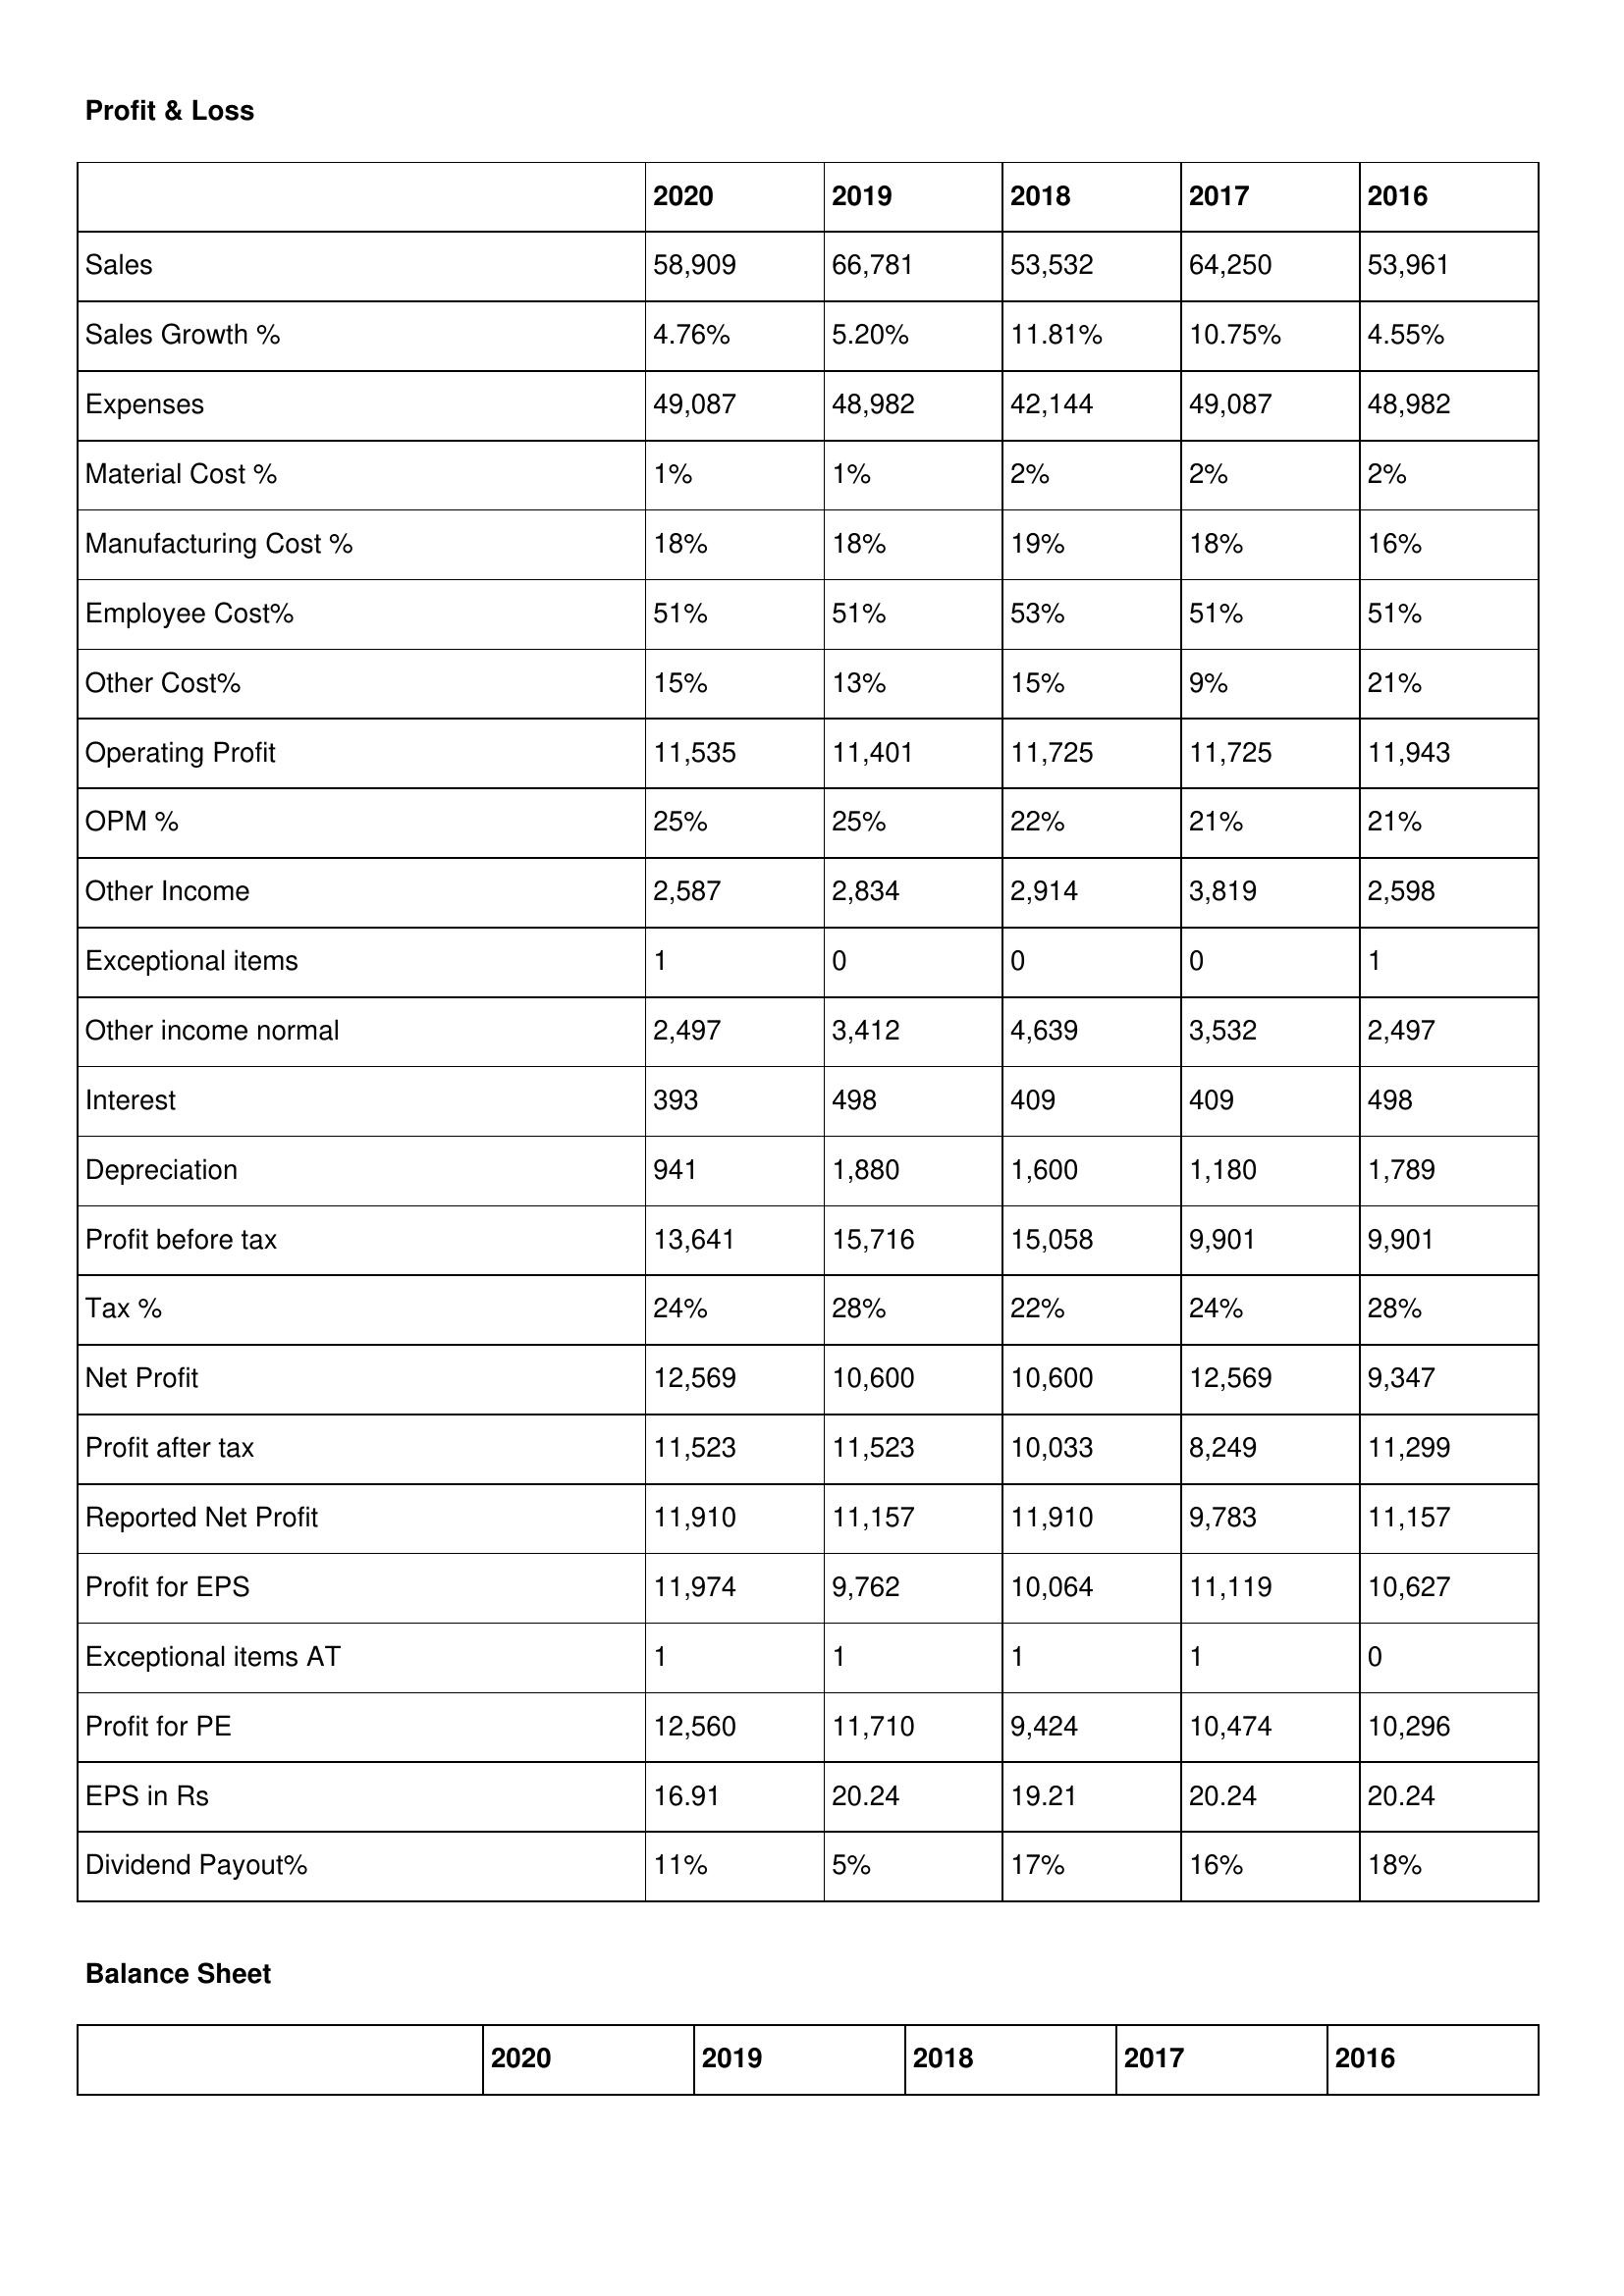
gt_parse: 2020: Profit & Loss: Sales: 58,909
Sales Growth %: 4.76%
Expenses: 49,087
Material Cost %: 1%
Manufacturing Cost %: 18%
Employee Cost%: 51%
Other Cost%: 15%
Operating Profit: 11,535
OPM %: 25%
Other Income: 2,587
Exceptional items: 1
Other income normal: 2,497
Interest: 393
Depreciation: 941
Profit before tax: 13,641
Tax %: 24%
Net Profit: 12,569
Profit after tax: 11,523
Reported Net Profit: 11,910
Profit for EPS: 11,974
Exceptional items AT: 1
Profit for PE: 12,560
EPS in Rs: 16.91
Dividend Payout%: 11%
2019: Profit & Loss: Sales: 66,781
Sales Growth %: 5.20%
Expenses: 48,982
Material Cost %: 1%
Manufacturing Cost %: 18%
Employee Cost%: 51%
Other Cost%: 13%
Operating Profit: 11,401
OPM %: 25%
Other Income: 2,834
Exceptional items: 0
Other income normal: 3,412
Interest: 498
Depreciation: 1,880
Profit before tax: 15,716
Tax %: 28%
Net Profit: 10,600
Profit after tax: 11,523
Reported Net Profit: 11,157
Profit for EPS: 9,762
Exceptional items AT: 1
Profit for PE: 11,710
EPS in Rs: 20.24
Dividend Payout%: 5%
2018: Profit & Loss: Sales: 53,532
Sales Growth %: 11.81%
Expenses: 42,144
Material Cost %: 2%
Manufacturing Cost %: 19%
Employee Cost%: 53%
Other Cost%: 15%
Operating Profit: 11,725
OPM %: 22%
Other Income: 2,914
Exceptional items: 0
Other income normal: 4,639
Interest: 409
Depreciation: 1,600
Profit before tax: 15,058
Tax %: 22%
Net Profit: 10,600
Profit after tax: 10,033
Reported Net Profit: 11,910
Profit for EPS: 10,064
Exceptional items AT: 1
Profit for PE: 9,424
EPS in Rs: 19.21
Dividend Payout%: 17%
2017: Profit & Loss: Sales: 64,250
Sales Growth %: 10.75%
Expenses: 49,087
Material Cost %: 2%
Manufacturing Cost %: 18%
Employee Cost%: 51%
Other Cost%: 9%
Operating Profit: 11,725
OPM %: 21%
Other Income: 3,819
Exceptional items: 0
Other income normal: 3,532
Interest: 409
Depreciation: 1,180
Profit before tax: 9,901
Tax %: 24%
Net Profit: 12,569
Profit after tax: 8,249
Reported Net Profit: 9,783
Profit for EPS: 11,119
Exceptional items AT: 1
Profit for PE: 10,474
EPS in Rs: 20.24
Dividend Payout%: 16%
2016: Profit & Loss: Sales: 53,961
Sales Growth %: 4.55%
Expenses: 48,982
Material Cost %: 2%
Manufacturing Cost %: 16%
Employee Cost%: 51%
Other Cost%: 21%
Operating Profit: 11,943
OPM %: 21%
Other Income: 2,598
Exceptional items: 1
Other income normal: 2,497
Interest: 498
Depreciation: 1,789
Profit before tax: 9,901
Tax %: 28%
Net Profit: 9,347
Profit after tax: 11,299
Reported Net Profit: 11,157
Profit for EPS: 10,627
Exceptional items AT: 0
Profit for PE: 10,296
EPS in Rs: 20.24
Dividend Payout%: 18%